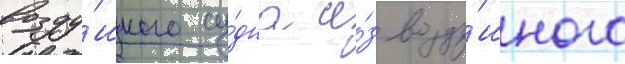
возду́шного су́дна и́з возду́шного